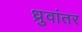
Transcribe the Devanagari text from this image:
ध्रुवांतर